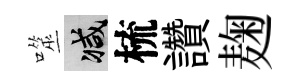
噬减梳讚麹